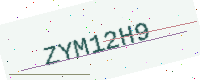
Text: ZYM12H9